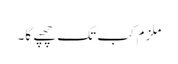
ملزم کب تک چھپے گا۔